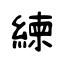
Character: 練